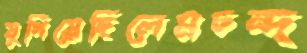
যুগিয়েছিলেমচন্দ্